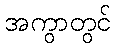
အကွာတွင်